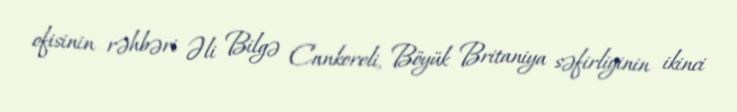
ofisinin rəhbəri Əli Bilgə Cankoreli, Böyük Britaniya səfirliyinin ikinci